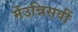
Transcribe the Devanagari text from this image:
मेंउन्निसवीं